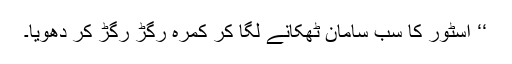
‘‘ اسٹور کا سب سامان ٹھکانے لگا کر کمرہ رگڑ رگڑ کر دھویا۔